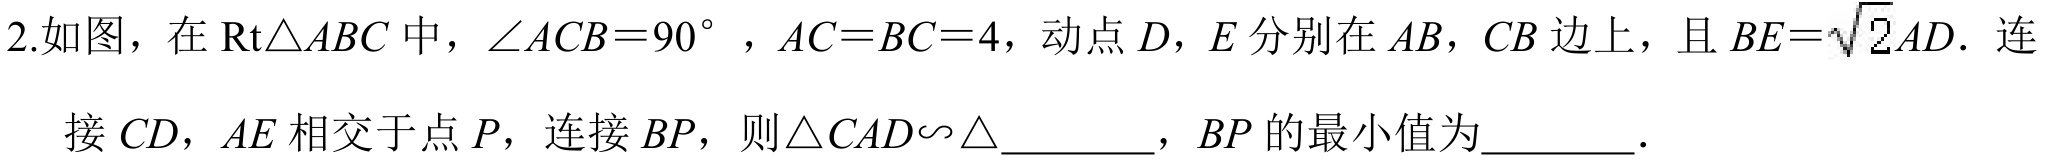
2.如图，在\(\text{Rt}\triangle ABC\)中，\(\angle ACB = 90^{\circ}\)，\(AC = BC = 4\)，动点\(D\)，\(E\)分别在\(AB\)，\(CB\)边上，且\(BE=\sqrt{2}AD\). 连
接\(CD\)，\(AE\)相交于点\(P\)，连接\(BP\)，则\(\triangle CAD\backsim\triangle\underline{\quad\quad}\)，\(BP\)的最小值为\(\underline{\quad\quad}\).